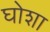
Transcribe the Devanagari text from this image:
घोशा